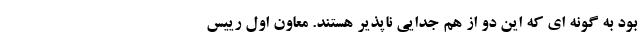
بود به گونه ای که این دو از هم جدایی ناپذیر هستند. معاون اول رییس